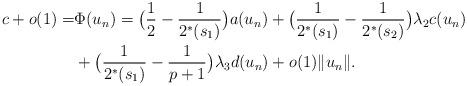
LaTeX: \begin{align*}c+o(1)=&\Phi(u_n)=\big(\frac{1}{2}-\frac{1}{2^*(s_1)}\big)a(u_n)+\big(\frac{1}{2^*(s_1)}-\frac{1}{2^*(s_2)}\big)\lambda_2c(u_n)\\&+\big(\frac{1}{2^*(s_1)}-\frac{1}{p+1}\big)\lambda_3d(u_n)+o(1)\|u_n\|.\end{align*}